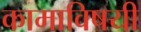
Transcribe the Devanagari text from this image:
कामाविषयी